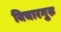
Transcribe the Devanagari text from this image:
विचारगुरु